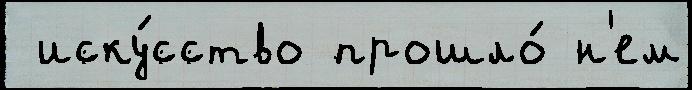
 иску́сство прошло́ н'ем